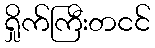
ရှိုက်ကြီးတငင်